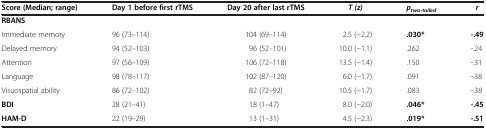
| Score (Median; range) | Day 1 before first rTMS | Day 20 after last rTMS | T (z) | ptwo-tailed | r |
 | --- | --- | --- | --- | --- | --- |
 | RBANS |  |  |  |  |  |
 | Immediate memory | 96 (73–114) | 104 (69–114) | 2.5 (−2.2) | .030* | -.49 |
 | Delayed memory | 94 (52–103) | 96 (52–101) | 10.0 (−1.1) | .262 | -.24 |
 | Attention | 97 (56–109) | 106 (72–118) | 13.5 (−1.4) | .150 | -.31 |
 | Language | 98 (78–117) | 102 (87–120) | 6.0 (−1.7) | .091 | -.38 |
 | Visuospatial ability | 86 (72–102) | 82 (72–92) | 10.5 (−1.7) | .083 | -.38 |
 | BDI | 28 (21–41) | 18 (1–47) | 8.0 (−2.0) | .046* | -.45 |
 | HAM-D | 22 (19–29) | 13 (1–31) | 4.5 (−2.3) | .019* | -.51 |